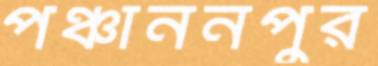
পঞ্চাননপুর